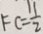
F C = \frac { 1 1 } { 2 }